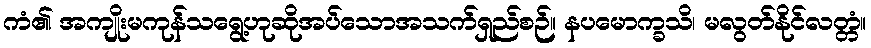
ကံ၏ အကျိုးမကုန်သရွေ့ဟုဆိုအပ်သောအသက်ရှည်စဉ်။ နပမောက္ခသိ၊ မလွတ်နိုင်လတ္တံ။